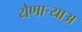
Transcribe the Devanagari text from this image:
येणार्‍याअ